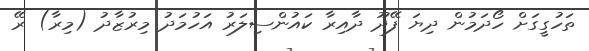
ތަހުގީގަށް ހޯދަމުން ދިޔަ ފޭދޫ ދާއިރާ ކައުންސިލަރު އަހުމަދު މިރުޒާދު (މިރާ) ރޭ